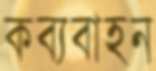
কব্যবাহন